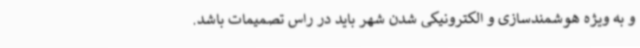
و به ویژه هوشمندسازی و الکترونیکی شدن شهر باید در راس تصمیمات باشد.